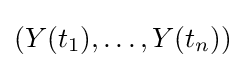
(Y(t_{1}),\ldots ,Y(t_{n}))